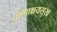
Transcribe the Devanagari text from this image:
तृष्णाक्षयसुख